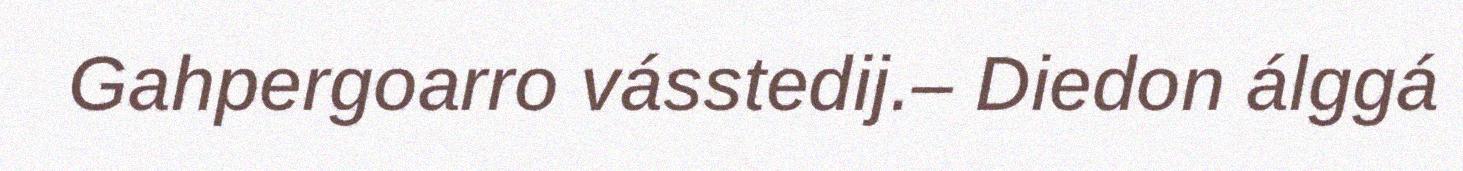
Gahpergoarro vásstedij.– Diedon álggá